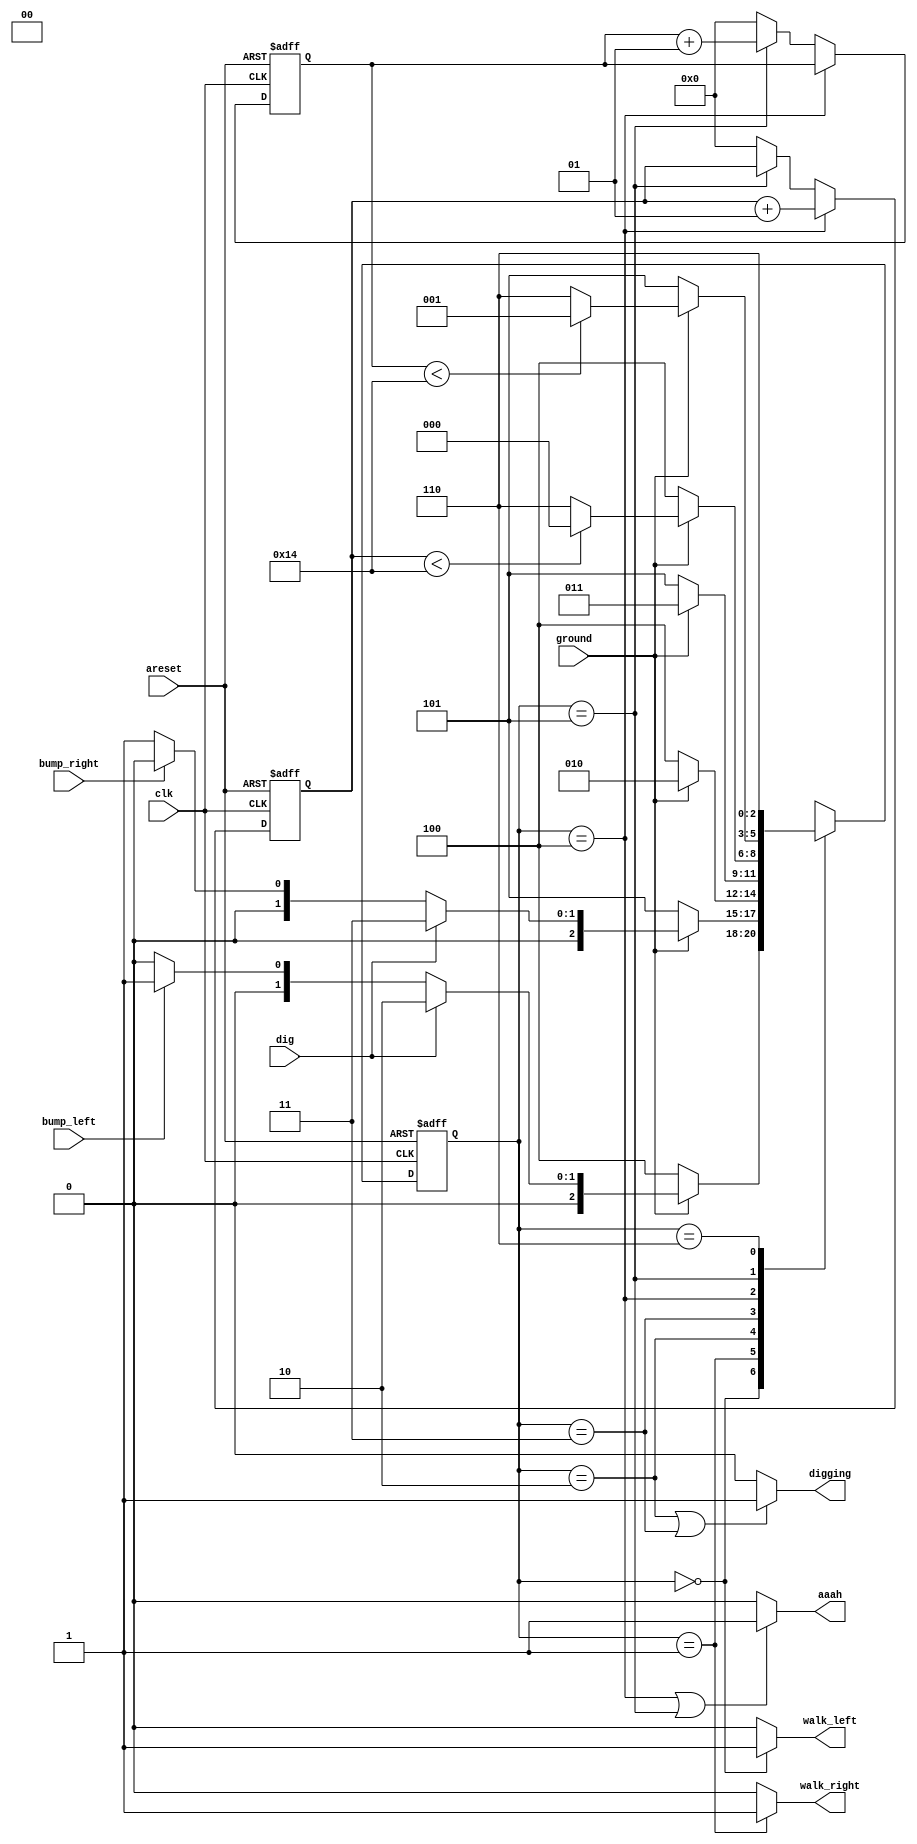
module top_module(
    input clk,
    input areset,    // Freshly brainwashed Lemmings walk left.
    input bump_left,
    input bump_right,
    input ground,
    input dig,
    output walk_left,
    output walk_right,
    output aaah,
    output digging ); 

parameter LEFT = 0;
parameter RIGHT = 1;
parameter DIG_LEFT = 2;
parameter DIG_RIGHT = 3;
parameter GROUND_LEFT = 4;
parameter GROUND_RIGHT = 5;
parameter SPLAT = 6;
reg [2:0] state;
reg [2:0] next_state;

integer i_left = 0;
integer i_right = 0;
always @(*) begin
    // State transition logic
    case(state)
        LEFT: 
            if(ground)
                if(dig)
                    next_state = DIG_LEFT;
                else
                    if(bump_left)
                        next_state = RIGHT;
                    else
                        next_state = LEFT;
            else
                next_state = GROUND_LEFT;
        RIGHT:
            if(ground)
                if(dig)
                    next_state = DIG_RIGHT;
                else
                    if(bump_right)
                        next_state = LEFT;
                    else
                        next_state = RIGHT;
            else
                next_state = GROUND_RIGHT;
        DIG_LEFT:
            if(ground)
                next_state = DIG_LEFT;
            else
                next_state = GROUND_LEFT;
        DIG_RIGHT:
            if(ground)
                next_state = DIG_RIGHT;
            else
                next_state = GROUND_RIGHT;
        GROUND_LEFT:
            if(ground)
                if(i_left < 20)
                    next_state = LEFT;
                else
                    next_state = SPLAT;
            else
               next_state = GROUND_LEFT; 
        GROUND_RIGHT:
            if(ground)
                if(i_right < 20)
                    next_state = RIGHT;
                else
                    next_state = SPLAT;
            else
                next_state = GROUND_RIGHT;    
        SPLAT:
            next_state = SPLAT;
        default: next_state = 1'bx;
    endcase
end

always @(posedge clk, posedge areset) begin
    // State flip-flops with asynchronous reset
    if(areset)
        begin
            state <= LEFT;
            i_left <= 0;
            i_right <= 0;
        end
    else
    begin
        state <= next_state;
        if(state == GROUND_LEFT)
            i_left <= i_left + 1;
        else if(state == GROUND_RIGHT)
            i_right <= i_right + 1;
        else
        begin
            i_left <= 0;
            i_right <= 0;
        end
    end
end

// Output logic
assign walk_left = (state == LEFT)? 1'b1 : 1'b0;
assign walk_right = (state == RIGHT)? 1'b1 : 1'b0;
assign aaah = ((state == GROUND_LEFT) || (state == GROUND_RIGHT))? 1'b1 : 1'b0;
assign digging = ((state == DIG_LEFT) || (state == DIG_RIGHT)) ? 1'b1 : 1'b0;

endmodule